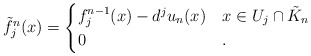
\begin{align*}\tilde{f}^n_j(x) = \begin{cases}f^{n-1}_j(x) - d^j u_n(x) & x\in U_j \cap \tilde{K}_n\\0 & .\end{cases}\end{align*}